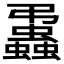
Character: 𧔨